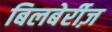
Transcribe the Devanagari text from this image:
बिलबेर्रीज़